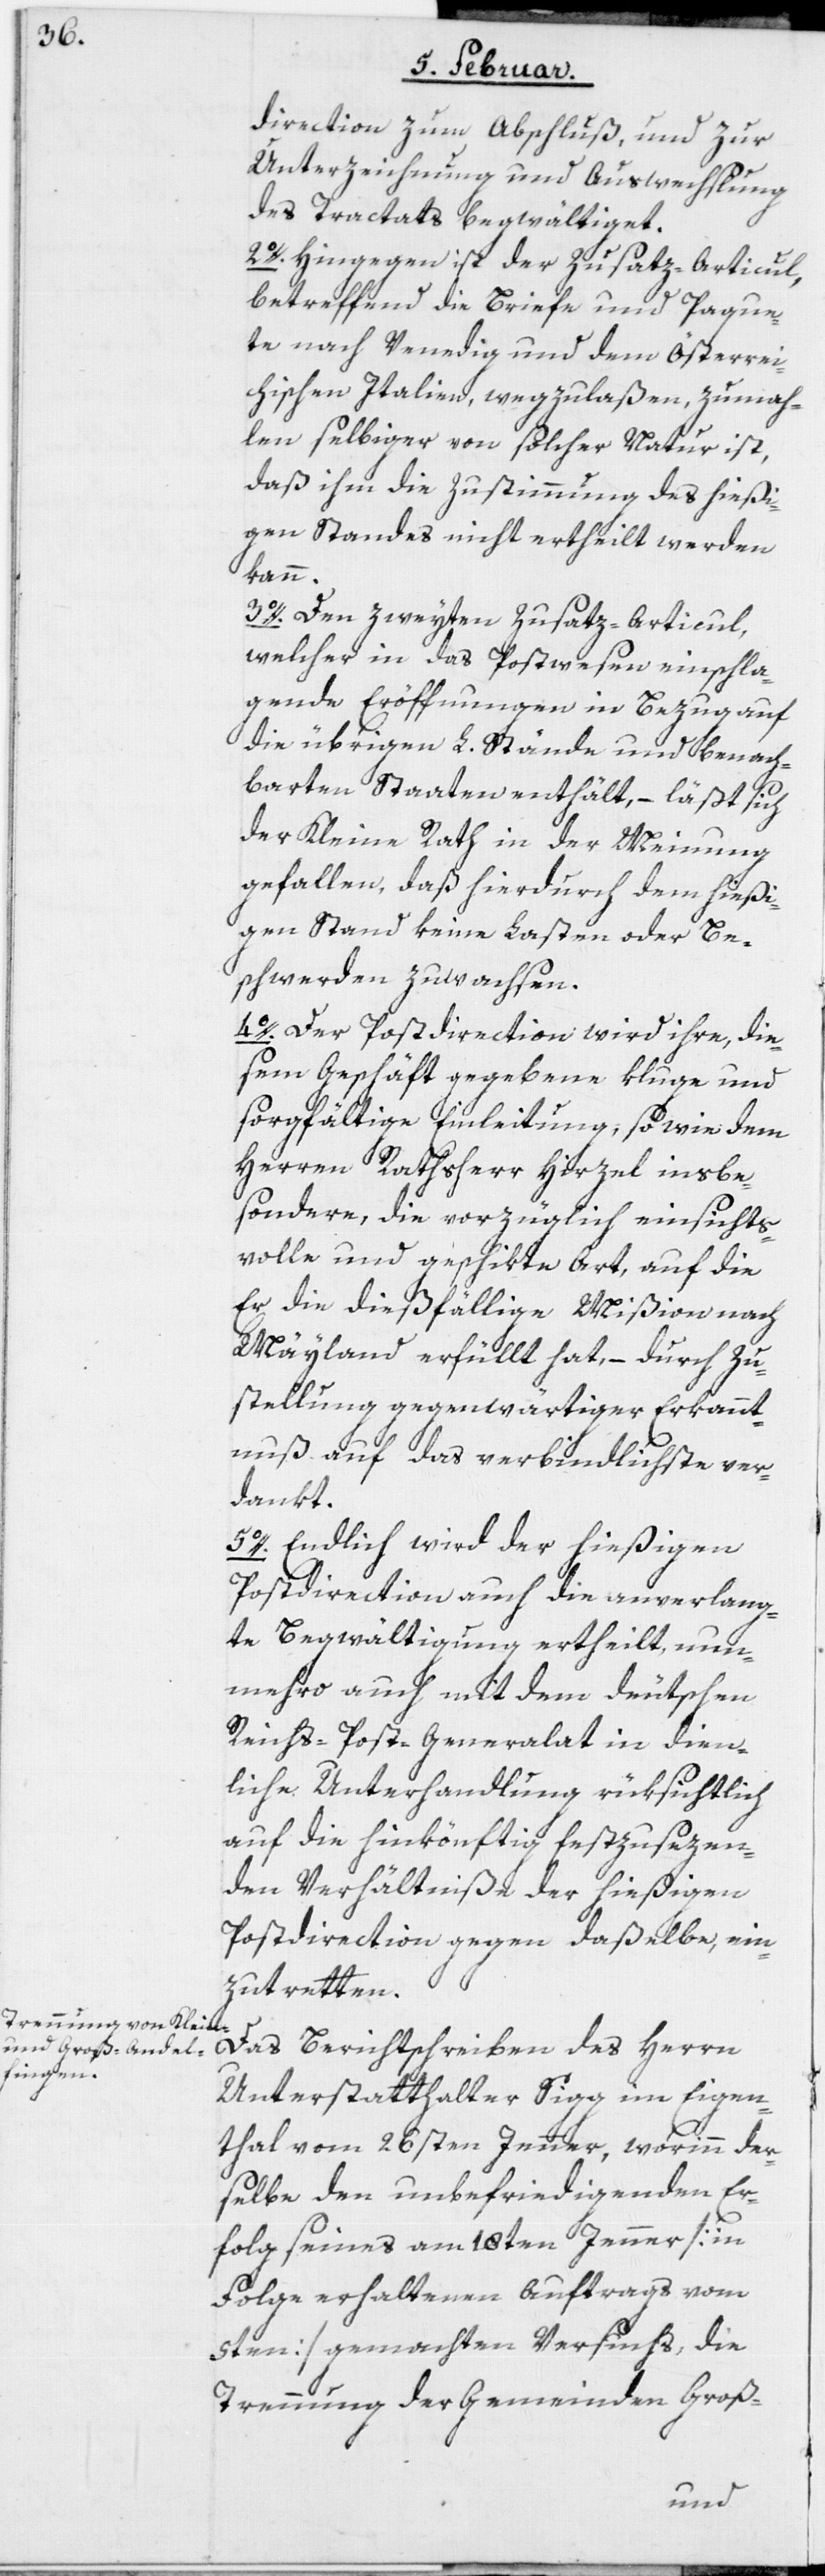
direction zum Abschluß und zur
Unterzeichnung und Auswechslung
des Tractats begwältiget.
2o. Hingegen ist der Zusatz-Articul,
betreffend die Briefe und Paque¬
te nach Venedig und dem Österrei¬
chischen Italien, wegzulaßen, zumah¬
len selbiger von solcher Natur ist,
daß ihm die Zustimmung des hießi¬
gen Standes nicht ertheilt werden
kann.
3o. Den zweyten Zusatz-Articul,
welcher in das Postwesen einschla¬
gende Eröffnungen in Bezug auf
die übrigen L. Stände und benach¬
barten Staaten enthält, – läßt sich
der Kleine Rath in der Meynung
gefallen, daß hierdurch dem hießi¬
gen Stand keine Lasten oder Be¬
schwerden zuwachsen.
4o. Der Postdirection wird ihre, die¬
sem Geschäft gegebene kluge und
sorgfältige Einleitung, so wie dem
Herren Rathsherr Hirzel insbe¬
sondere, die vorzüglich einsichts¬
volle und geschikte Art, auf die
Er die dießfällige Mißion nach
Mayland erfüllt hat, – durch Zu¬
stellung gegenwärtiger Erkannt¬
nuß auf das verbindlichste ver¬
dankt.
5o. Endlich wird der hießigen
Postdirection auch die anverlang¬
te Begwältigung ertheilt, nun¬
mehro auch mit dem deutschen
Reichs-Post-Generalat in dien¬
liche Unterhandlung rüksichtlich
auf die hinkönftig festzusezen¬
den Verhältniße der hießigen
Postdirection gegen daßelbe, ein¬
zutretten.
Das Berichtschreiben des Herrn
Unterstatthalter Sigg im Eigen¬
thal vom 26sten Jenner, worinn der¬
selbe den unbefriedigenden Er¬
folg seines am 18ten Jenner [in
Folge erhaltenen Auftrags vom
5ten] gemachten Versuchs, die
Trennung der Gemeinden Groß-